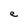
Character: e